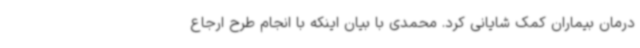
درمان بیماران کمک شایانی کرد. محمدی با بیان اینکه با انجام طرح ارجاع